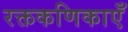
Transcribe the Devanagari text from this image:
रक्तकणिकाएँ